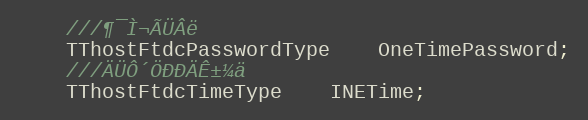
Language: C
	///¶¯Ì¬ÃÜÂë
	TThostFtdcPasswordType	OneTimePassword;
	///ÄÜÔ´ÖÐÐÄÊ±¼ä
	TThostFtdcTimeType	INETime;